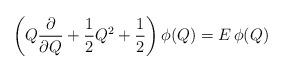
LaTeX: \begin{align*}\left( Q{\partial \over \partial Q}+{1\over 2} Q^2 +{1\over 2}\right)\phi(Q)=E\,\phi(Q)\end{align*}